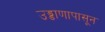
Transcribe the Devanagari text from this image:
उड्डाणापासून